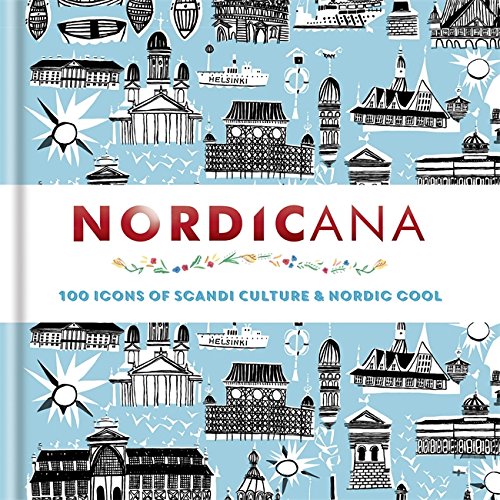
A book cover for Nordicana: 100 Icons of Nordic Cool & Scandi Style; Cassell; History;